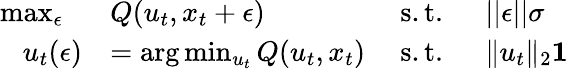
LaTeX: \begin{array}{rlrl}{\operatorname*{max}_{\epsilon}~~}&{Q(u_{t},x_{t}+\epsilon)~}&{\mathrm{s.t.}~~}&{||\epsilon||\le\sigma}\\ {u_{t}(\epsilon)}&{=\arg\operatorname*{min}_{u_{t}}Q(u_{t},x_{t})~}&{\mathrm{s.t.}~~}&{\| u_{t}\| _{2}\le 1}\end{array}